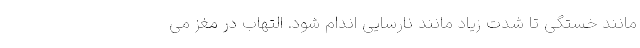
مانند خستگی تا شدت زیاد مانند نارسایی اندام شود. التهاب در مغز می